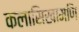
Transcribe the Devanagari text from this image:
कलासिखामणि